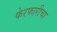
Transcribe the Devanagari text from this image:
फेरफारीचा